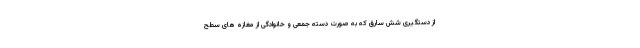
از دستگیری شش سارق که به صورت دسته جمعی و خانوادگی از مغازه های سطح